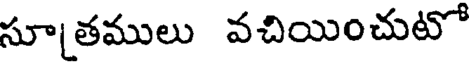
సూ[తములు వచియించుటో